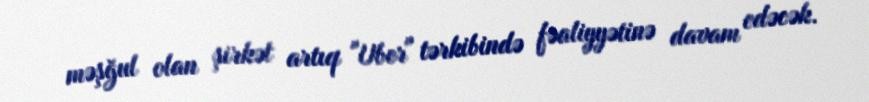
məşğul olan şirkət artıq "Uber" tərkibində fəaliyyətinə davam edəcək.